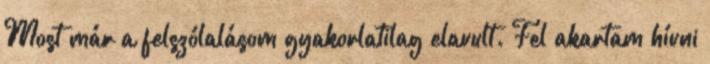
Most már a felszólalásom gyakorlatilag elavult. Fel akartam hívni